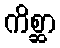
ကိစ္ဆာ